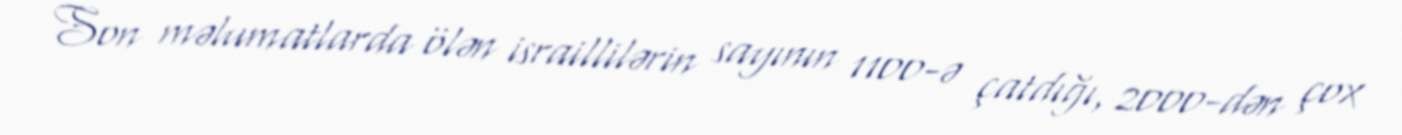
Son məlumatlarda ölən israillilərin sayının 1100-ə çatdığı, 2000-dən çox